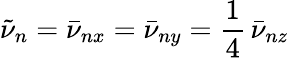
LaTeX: \tilde{\nu}_{n}=\bar{\nu}_{nx}=\bar{\nu}_{ny}=\frac{1}{4}\, \bar{\nu}_{nz}